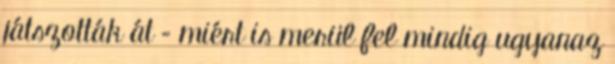
játszották át – miért is merül fel mindig ugyanaz